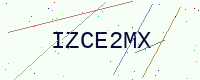
Text: IZCE2MX